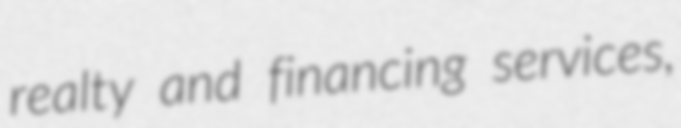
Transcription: realty and financing services,